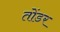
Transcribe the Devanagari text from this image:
तोंडर